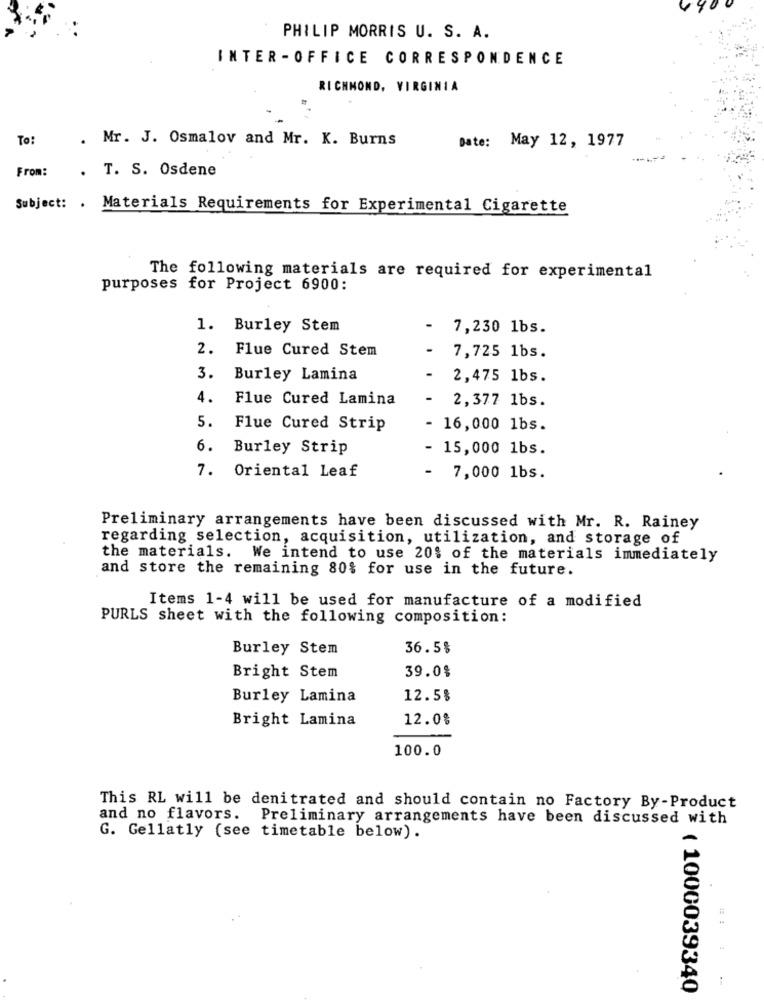
PHILIP MORRIS U. S. A.
INTER - OFFICE CORRESPONDENCE
RICHMOND, VIRGINIA
To:
. Mr. J. Osmalov and Mr. K. Burns
Date: May 12, 1977
From:
. T. S. Osdene
Subject: . Materials Requirements for Experimental Cigarette
The following materials are required for experimental
purposes for Project 6900:
1. Burley Stem
7,230 1bs.
2. Flue Cured Stem
7,725 1bs.
3.
Burley Lamina
2,475 1bs.
4.
Flue Cured Lamina
2,377 1bs.
5.
Flue Cured Strip
- 16,000 1bs.
6.
Burley Strip
- 15,000 1bs.
7. Oriental Leaf
7,000 1bs.
Preliminary arrangements have been discussed with Mr. R. Rainey
regarding selection, acquisition, utilization, and storage of
the materials. We intend to use 201 of the materials immediately
and store the remaining 80% for use in the future.
Items 1-4 will be used for manufacture of a modified
PURLS sheet with the following composition:
Burley Stem
36.5%
39.0%
Bright Stem
Burley Lamina
12.5%
Bright Lamina
12.0%
100.0
This RL will be denitrated and should contain no Factory By-Product
and no flavors. Preliminary arrangements have been discussed with
G. Gellatly (see timetable below).
( 1000039340